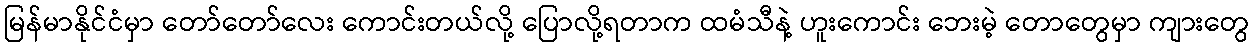
မြန်မာနိုင်ငံမှာ တော်တော်လေး ကောင်းတယ်လို့ ပြောလို့ရတာက ထမံသီနဲ့ ဟူးကောင်း ဘေးမဲ့ တောတွေမှာ ကျားတွေ